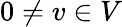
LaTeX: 0\not=v\in V